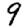
Digit: 9